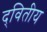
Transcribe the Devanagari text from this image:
द्‌वितीय